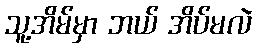
သူ့အိမ်မှာ ဘယ် အိပ်မလဲ